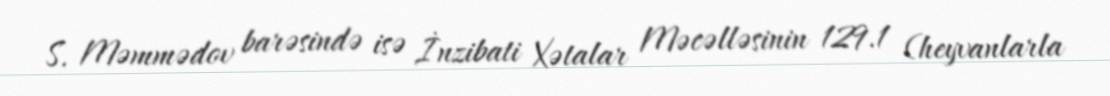
S. Məmmədov barəsində isə İnzibati Xətalar Məcəlləsinin 129.1 (heyvanlarla